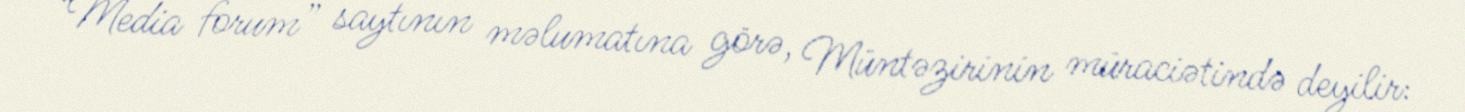
“Media forum” saytının məlumatına görə, Müntəzirinin müraciətində deyilir: